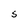
Character: S